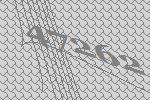
47262